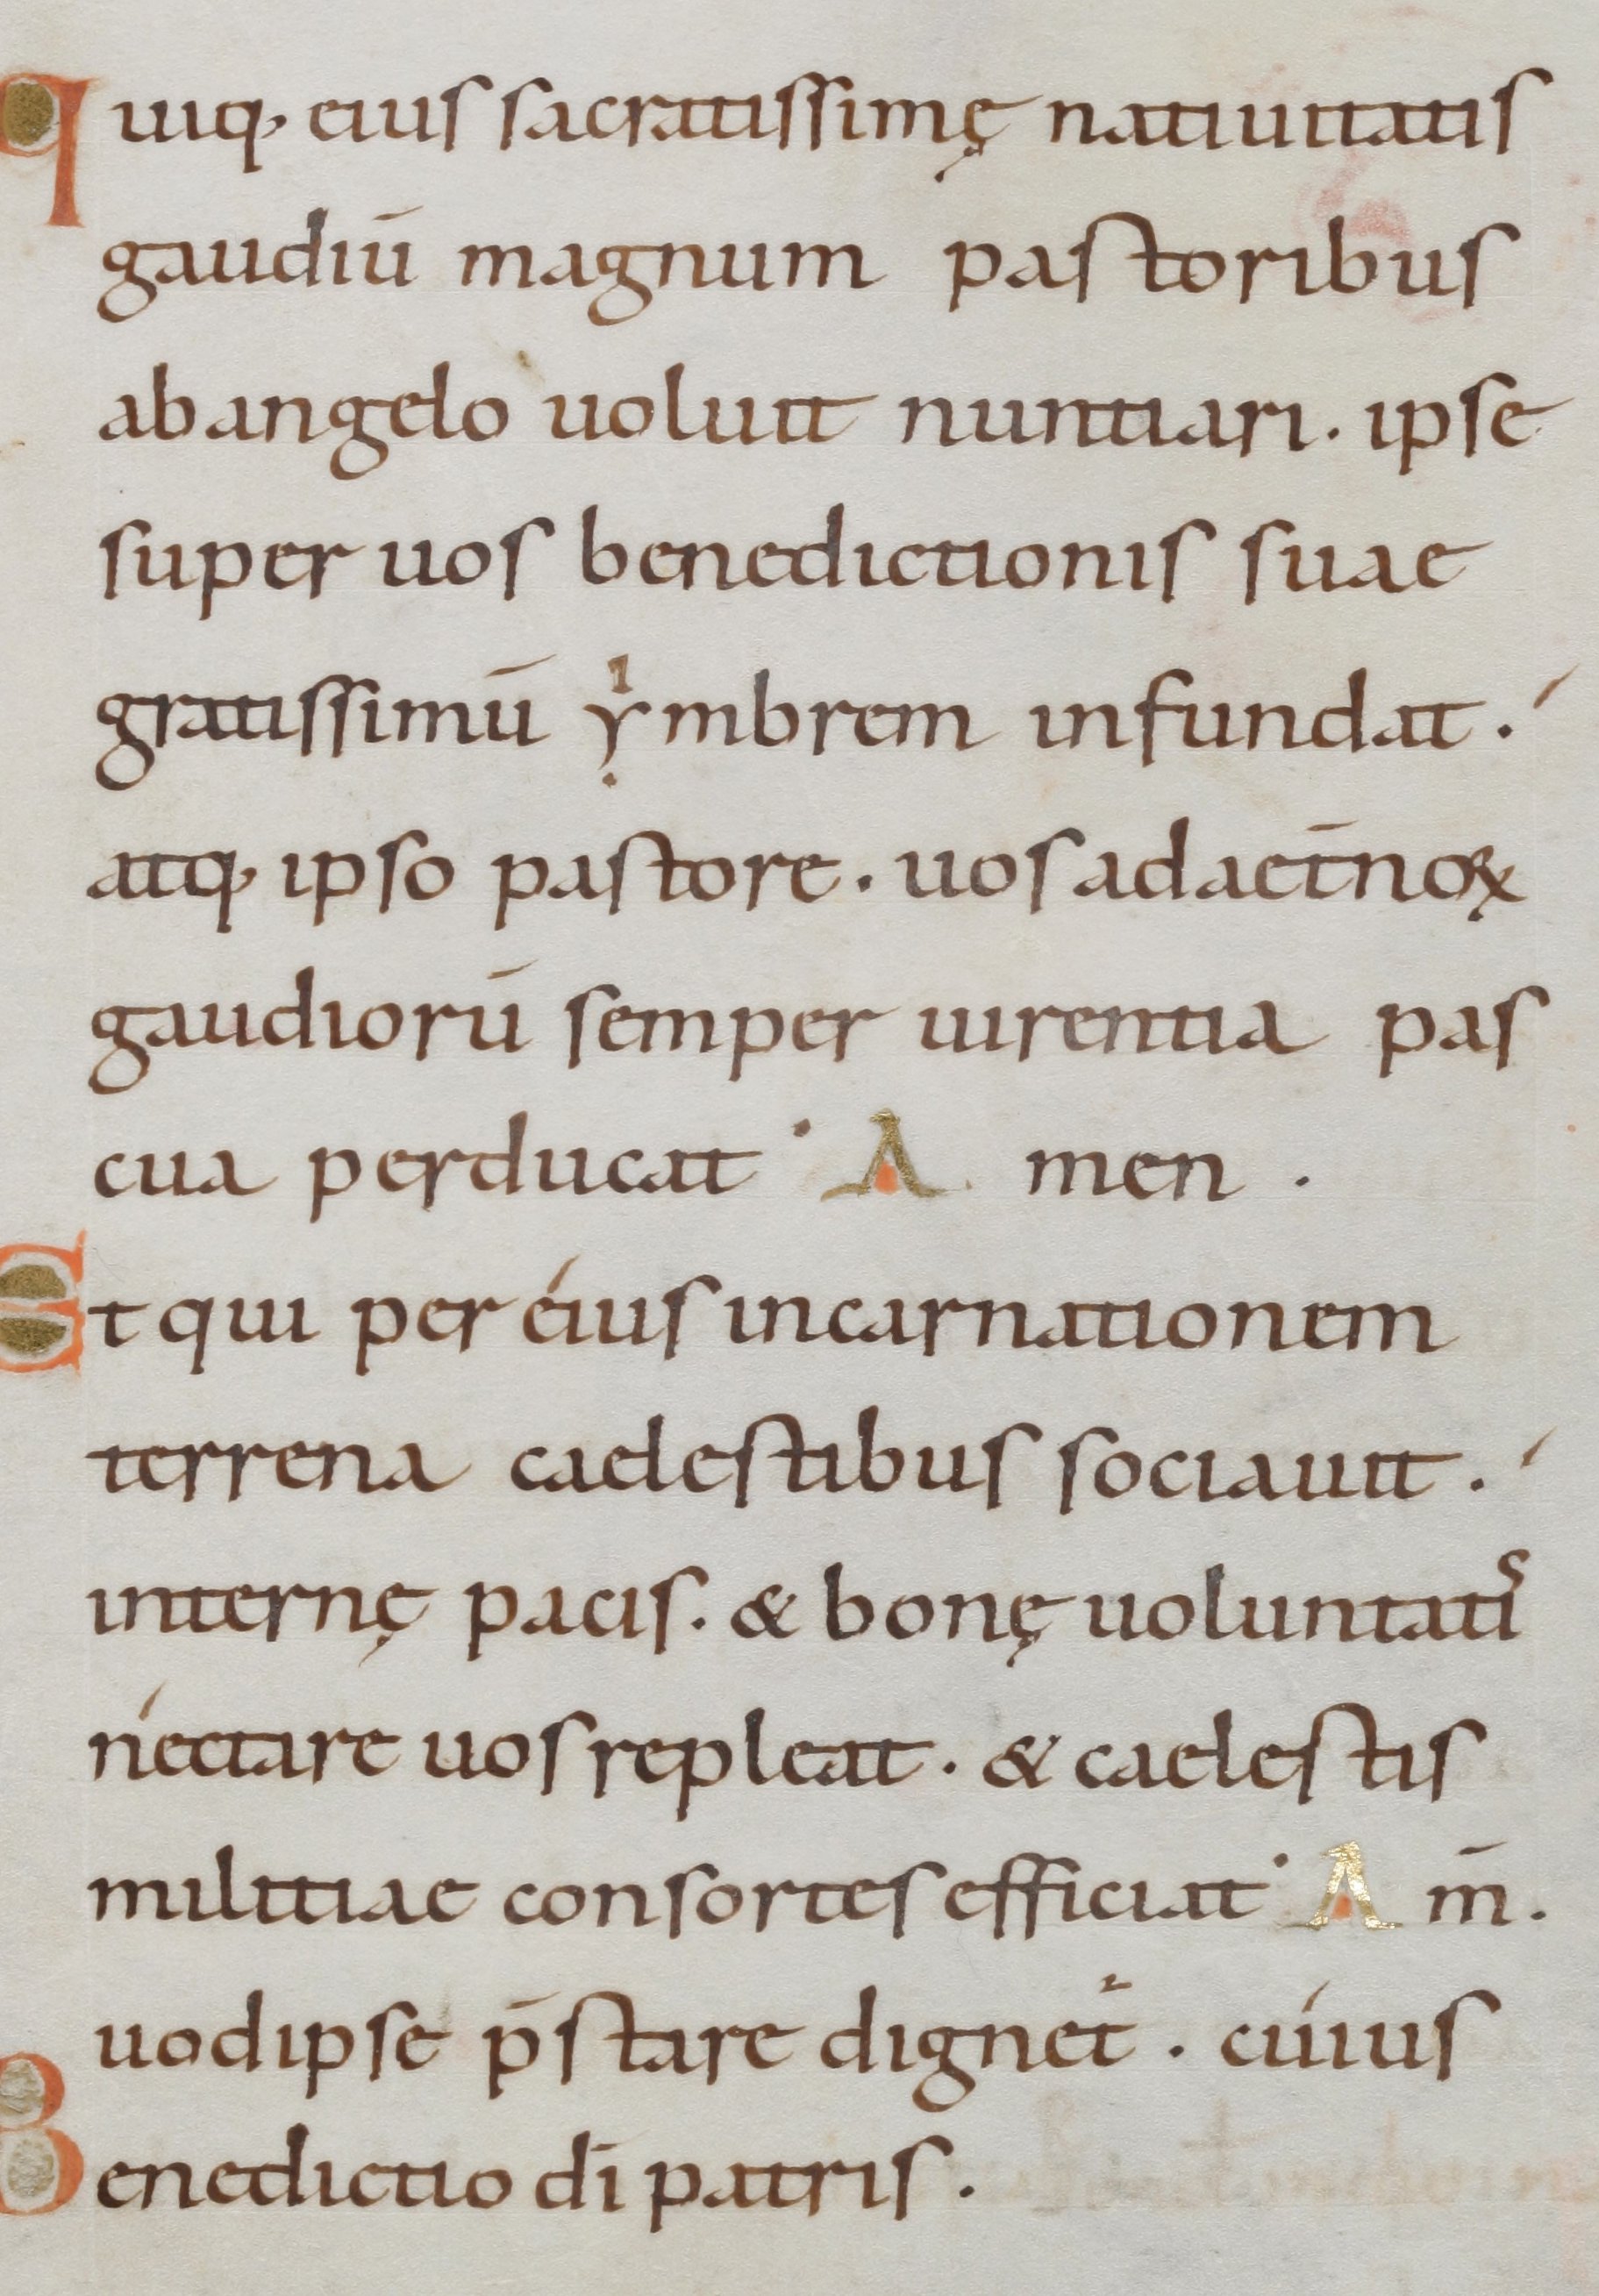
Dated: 1000–1099